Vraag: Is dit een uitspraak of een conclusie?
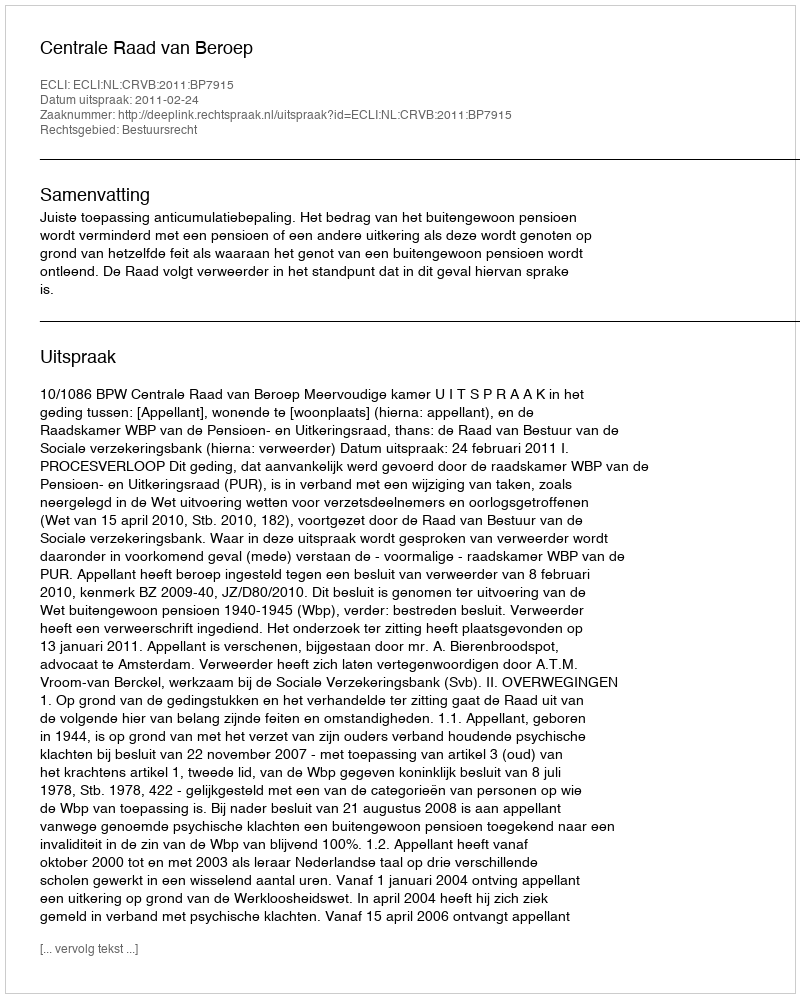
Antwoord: Uitspraak